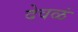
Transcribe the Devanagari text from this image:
देवळं